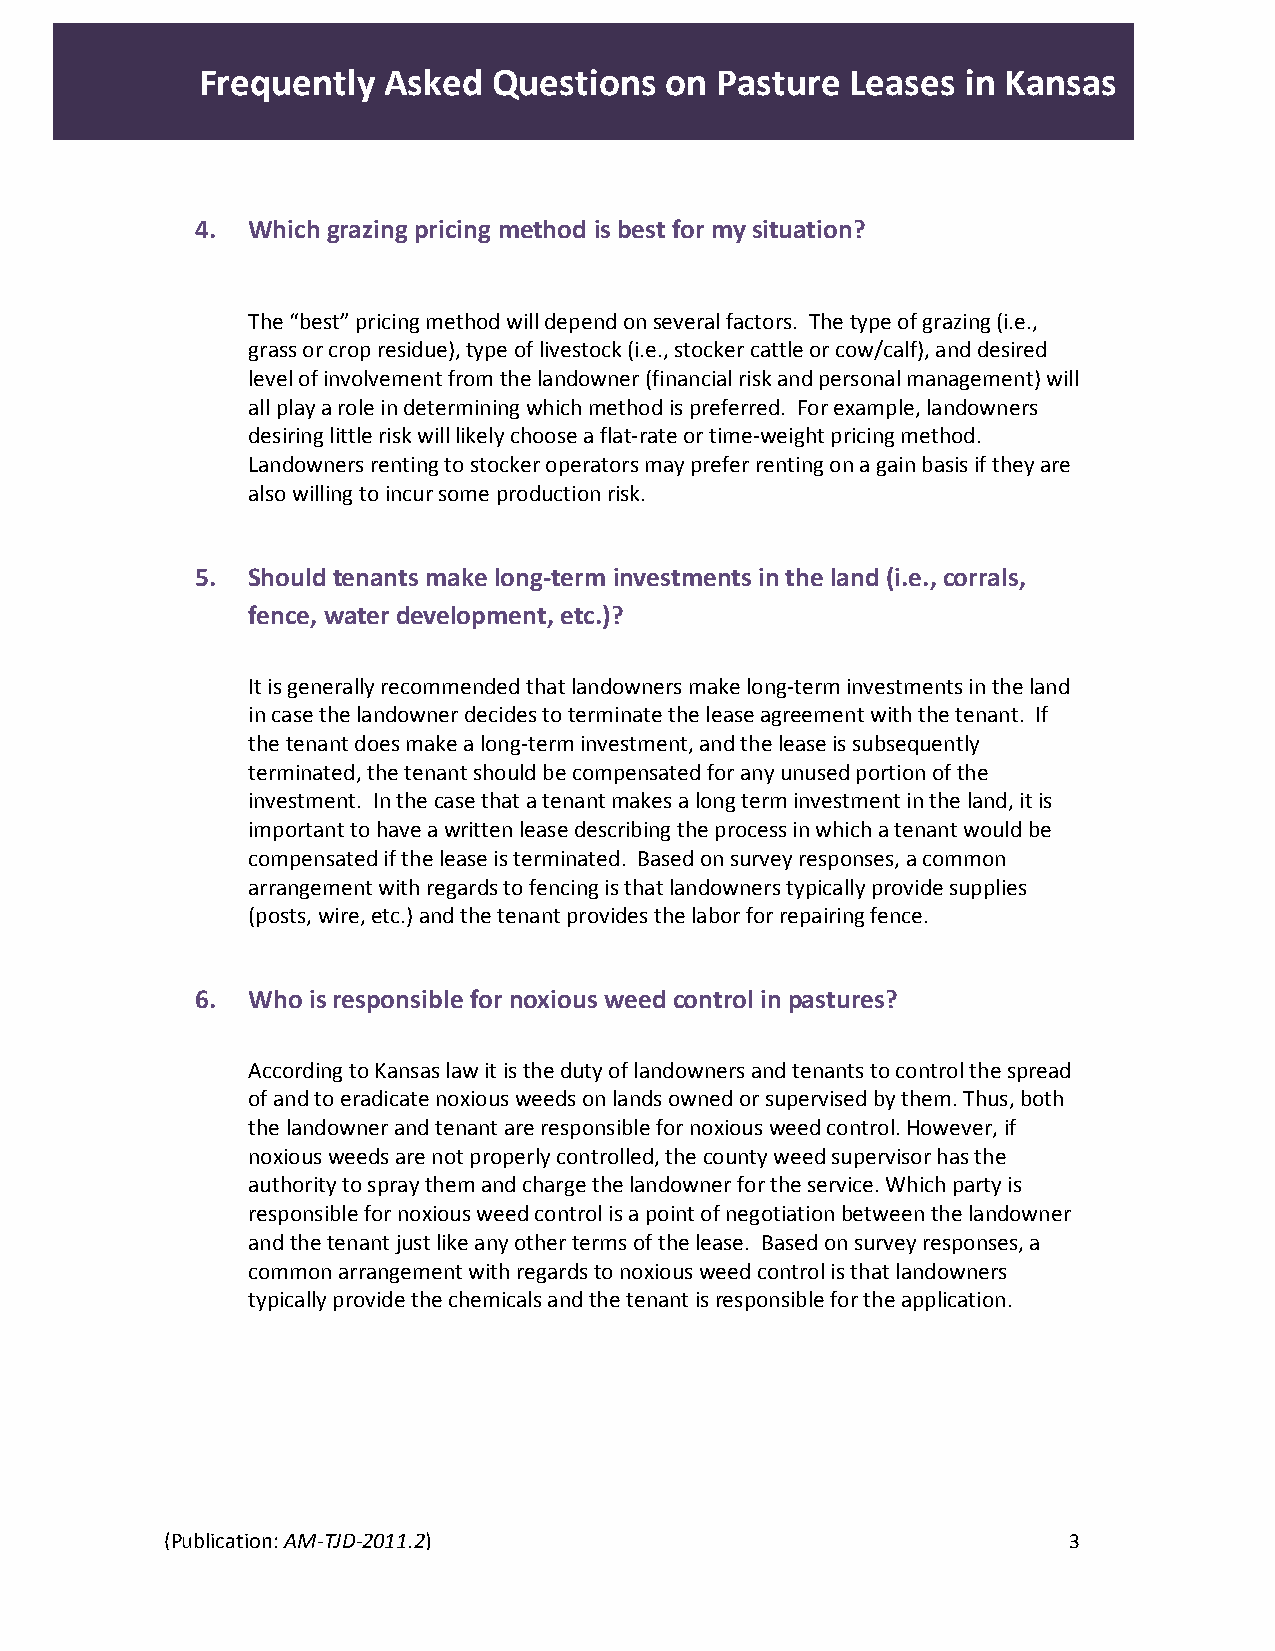
Frequently  Asked   Questions  on Pasture  Leases  in Kansas
 4. Which grazing pricing method is best for my situation?
 The “best” pricing method will depend on several factors. The type of grazing (i.e.,
 grass or crop residue), type of livestock (i.e., stocker cattle or cow/calf), and desired
 level of involvement from the landowner (financial risk and personal management) will
 all play a role in determining which method is preferred. For example, landowners
 desiring little risk will likely choose a flat‐rate or time‐weight pricing method.
 Landowners renting to stocker operators may prefer renting on a gain basis if they are
 also willing to incur some production risk.
 5. Should tenants make long‐term investments in the land (i.e., corrals,
 fence, water development, etc.)?
 It is generally recommended that landowners make long‐term investments in the land
 in case the landowner decides to terminate the lease agreement with the tenant. If
 the tenant does make a long‐term investment, and the lease is subsequently
 terminated, the tenant should be compensated for any unused portion of the
 investment. In the case that a tenant makes a long term investment in the land, it is
 important to have a written lease describing the process in which a tenant would be
 compensated if the lease is terminated. Based on survey responses, a common
 arrangement with regards to fencing is that landowners typically provide supplies
 (posts, wire, etc.) and the tenant provides the labor for repairing fence.
 6. Who is responsible for noxious weed control in pastures?
 According to Kansas law it is the duty of landowners and tenants to control the spread
 of and to eradicate noxious weeds on lands owned or supervised by them. Thus, both
 the landowner and tenant are responsible for noxious weed control. However, if
 noxious weeds are not properly controlled, the county weed supervisor has the
 authority to spray them and charge the landowner for the service. Which party is
 responsible for noxious weed control is a point of negotiation between the landowner
 and the tenant just like any other terms of the lease. Based on survey responses, a
 common arrangement with regards to noxious weed control is that landowners
 typically provide the chemicals and the tenant is responsible for the application.
 (Publication: AM‐TJD‐2011.2)                                3